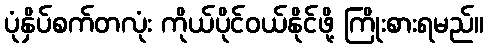
ပုံနှိပ်စက်တလုံး ကိုယ်ပိုင်ဝယ်နိုင်ဖို့ ကြိုးစားရမည်။